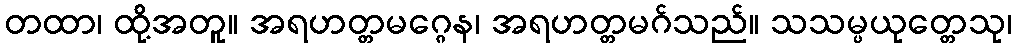
တထာ၊ ထို့အတူ။ အရဟတ္တမဂ္ဂေန၊ အရဟတ္တမဂ်သည်။ သသမ္ပယုတ္တေသု၊